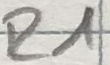
Text: R1